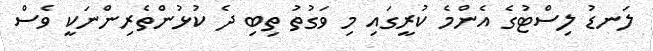
ލަނޑު ލިސްޓުގެ އެންމެ ކުރީގައި މި ވަގުތު ތިބި ދެ ކުޅުންތެރިންނަކީ ވެސް